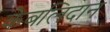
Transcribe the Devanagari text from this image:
केबलिदान